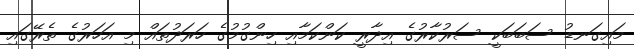
މައިގަނޑު ސަބަބަކީ ސަރުކާރުގެ އިދާރީ ކަންކަމާއި ހިންގުމުގެ ހަރަދުތައް މި އަހަރުގެ ތެރޭގައި